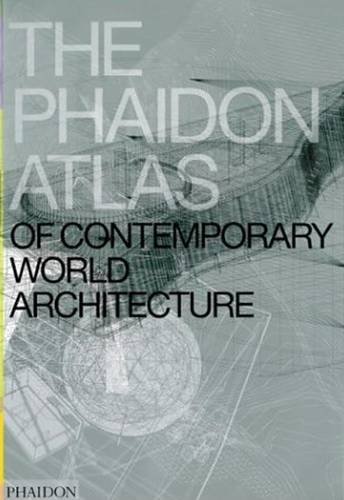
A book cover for The Phaidon Atlas of Contemporary World Architecture; Editors of Phaidon Press; History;